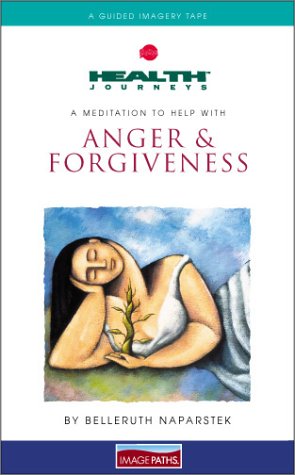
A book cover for Health Journeys: A Meditation to Help with Anger & Forgiveness (cassette); Belleruth Naparstek; Health, Fitness & Dieting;